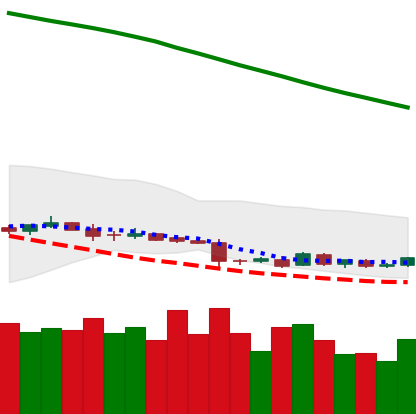
Ticker: DOGE-USD
Chart end date: 2019-01-19
Forward return: -5.295%
Label: down_5_7